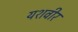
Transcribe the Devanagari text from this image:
यशवीर